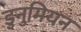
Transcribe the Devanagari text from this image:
डुनुमियन